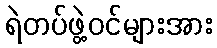
ရဲတပ်ဖွဲ့ဝင်များအား